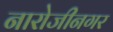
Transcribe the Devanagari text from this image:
नारोजीनगर